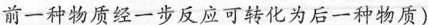
前一种物质经一步反应可转化为后一种物质)